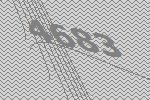
4683